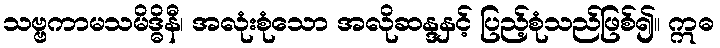
သဗ္ဗကာမသမိဒ္ဓိနီ၊ အလုံးစုံသော အလိုဆန္ဒနှင့် ပြည့်စုံသည်ဖြစ်၍။ ဣဓ